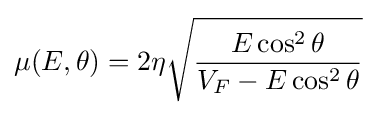
\mu (E,\theta )=2\eta {\sqrt {\frac {E\cos ^{2}\theta }{V_{F}-E\cos ^{2}\theta }}}